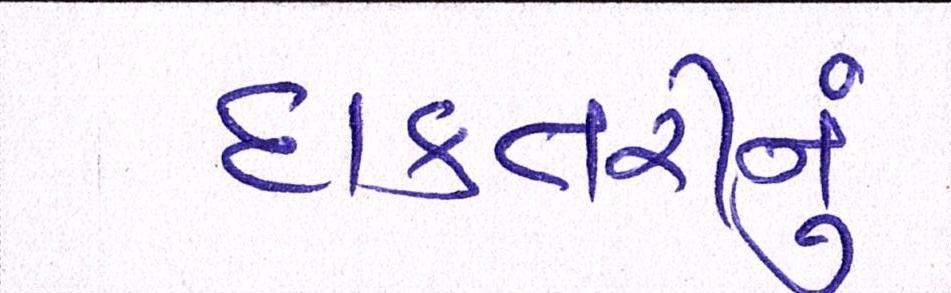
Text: દાક્તરીનું